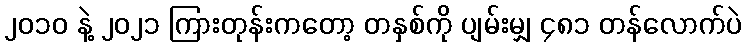
၂၀၁၀ နဲ့ ၂၀၂၁ ကြားတုန်းကတော့ တနှစ်ကို ပျမ်းမျှ ၄၈၁ တန်လောက်ပဲ